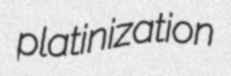
platinization